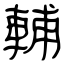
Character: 輔